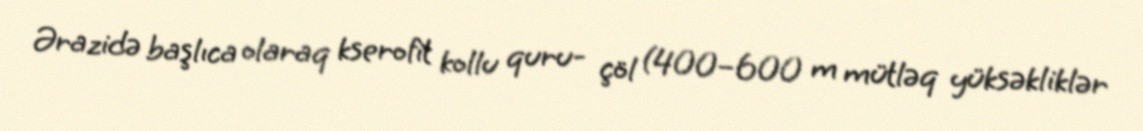
Ərazidə başlıca olaraq kserofit kollu quru- çöl (400–600 m mütləq yüksəkliklər